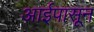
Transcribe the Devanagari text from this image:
आईपासून